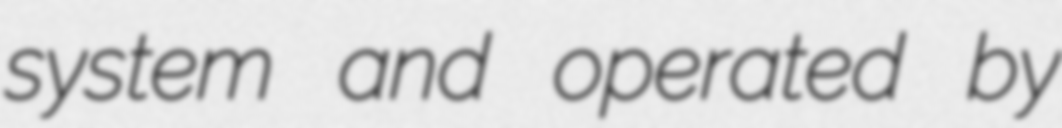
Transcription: system and operated by